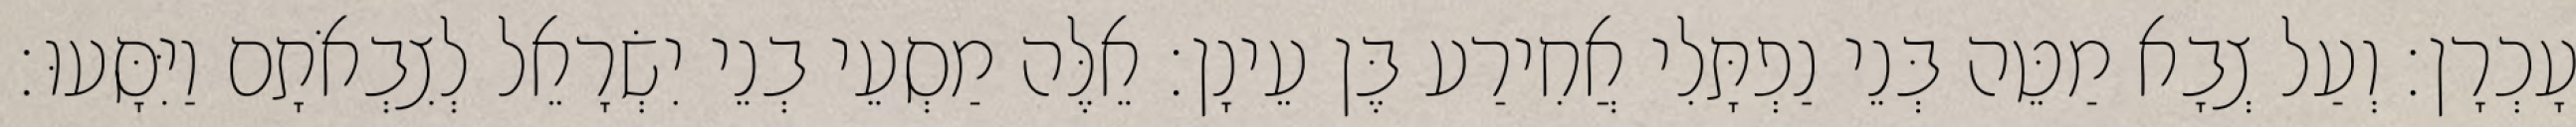
עָכְרָן׃ וְעַל צְבָא מַטֵּה בְּנֵי נַפְתָּלִי אֲחִירַע בֶּן עֵינָן׃ אֵלֶּה מַסְעֵי בְנֵי יִשְׂרָאֵל לְצִבְאֹתָם וַיִּסָּעוּ׃